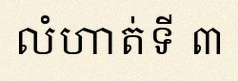
លំហាត់ទី ៣